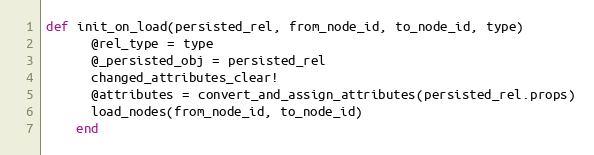
Language: Ruby
def init_on_load(persisted_rel, from_node_id, to_node_id, type)
      @rel_type = type
      @_persisted_obj = persisted_rel
      changed_attributes_clear!
      @attributes = convert_and_assign_attributes(persisted_rel.props)
      load_nodes(from_node_id, to_node_id)
    end